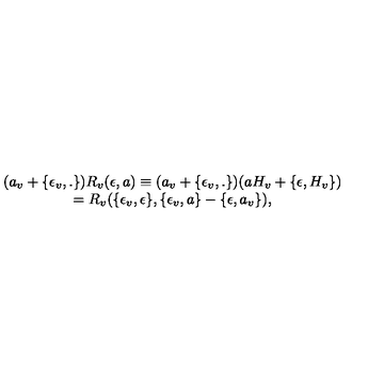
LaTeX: \begin{array} { c } { ( a _ { v } + \{ \epsilon _ { v } , . \} ) R _ { v } ( \epsilon , a ) \equiv ( a _ { v } + \{ \epsilon _ { v } , . \} ) ( a H _ { v } + \{ \epsilon , H _ { v } \} ) } \\ { = R _ { v } ( \{ \epsilon _ { v } , \epsilon \} , \{ \epsilon _ { v } , a \} - \{ \epsilon , a _ { v } \} ) , } \\ \end{array}